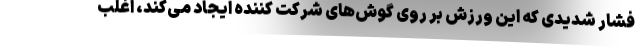
فشار شدیدی که این ورزش بر روی گوش‌های شرکت کننده ایجاد می‌کند، اغلب